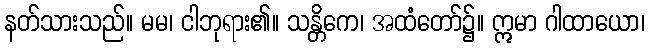
နတ်သားသည်။ မမ၊ ငါဘုရား၏။ သန္တိကေ၊ အထံတော်၌။ ဣမာ ဂါထာယော၊